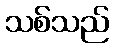
သစ်သည်